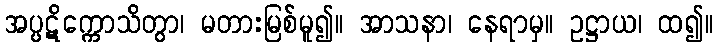
အပ္ပဋိက္ကောသိတွာ၊ မတားမြစ်မူ၍။ အာသနာ၊ နေရာမှ။ ဥဋ္ဌာယ၊ ထ၍။